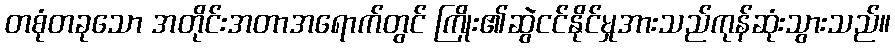
တစုံတခုသော အတိုင်းအတာအရောက်တွင် ကြိုး၏ဆွဲငင်နိုင်မှုအားသည်ကုန်ဆုံးသွားသည်။